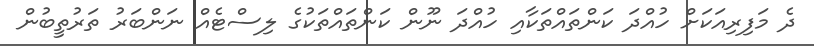
ދެ މަފިރިއަކަށް ހުއްދަ ކަންތައްތަކާއި ހުއްދަ ނޫން ކަންތައްތަކުގެ ލިސްޓެއް ނަންބަރު ތަރުތީބުން